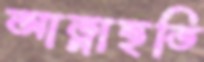
আত্নাহুতি